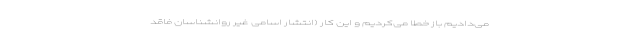
می‌دادیم باز خطا می‌کردیم و این کار (انتشار اسامی غیر روانشناسان فاقد